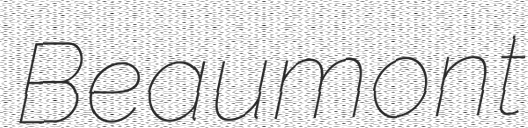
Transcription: Beaumont